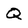
Character: Q